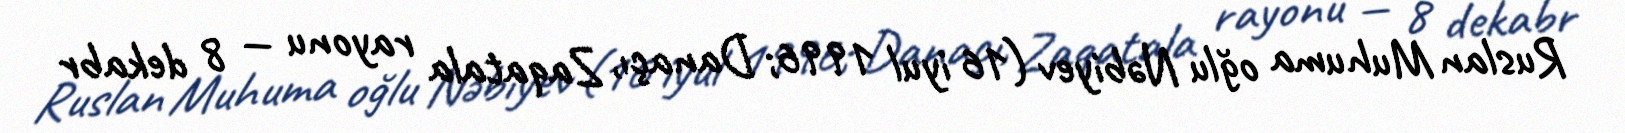
Ruslan Muhuma oğlu Nəbiyev (16 iyul 1996; Danaçı, Zaqatala rayonu — 8 dekabr